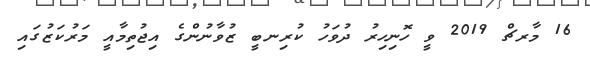
16 މާރޗް 2019 ވީ ހޮނިހިރު ދުވަހު ކުރިނބީ ޒުވާނުންގެ އިޖުތިމާއީ މަރުކަޒުގައި